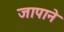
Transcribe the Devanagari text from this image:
जापाने